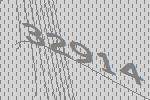
32914